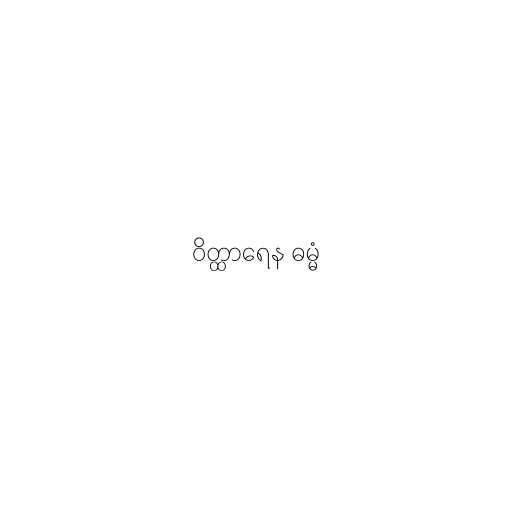
ဝိတ္ထာရေန ဓမ္မံ